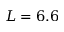
L = 6 . 6